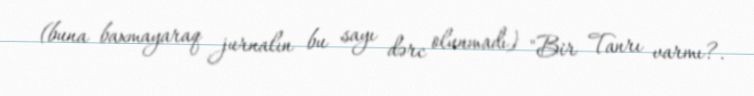
(buna baxmayaraq jurnalın bu sayı dərc olunmadı) "Bir Tanrı varmı?.